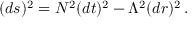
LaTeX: ( d s ) ^ { 2 } = N ^ { 2 } ( d t ) ^ { 2 } - \Lambda ^ { 2 } ( d r ) ^ { 2 } \, .